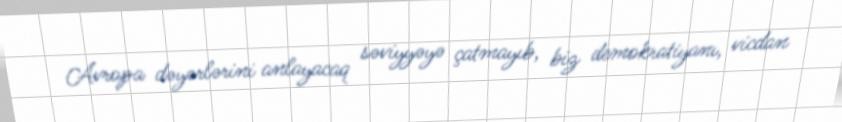
Avropa dəyərlərini anlayacaq səviyyəyə çatmayıb, biz demokratiyanı, vicdan